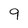
Character: 9